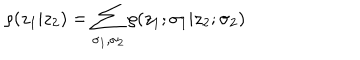
\rho ( z _ { 1 } | z _ { 2 } ) = \sum _ { \sigma _ { 1 } , \sigma _ { 2 } } \rho ( z _ { 1 } ; \sigma _ { 1 } | z _ { 2 } ; \sigma _ { 2 } )